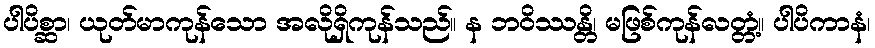
ပါပိစ္ဆာ၊ ယုတ်မာကုန်သော အလိုရှိကုန်သည်။ န ဘဝိဿန္တိ၊ မဖြစ်ကုန်လတ္တံ့။ ပါပိကာနံ၊